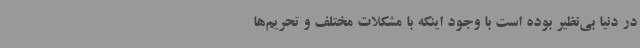
در دنیا بی‌نظیر بوده است با وجود اینکه با مشکلات مختلف و تحریم‌ها